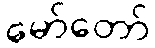
မော်တော်